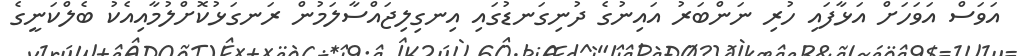
އަވަސް އަވަހަށް އަޅާފައި ހުރި ނަންބަރު އައިނުގެ ދުނިގަނޑުގައި އިނގިލިޖައްސާލަމުން ރަނގަޅުކޮށްލުމާއިއެކު ބެލްކަނީގެ